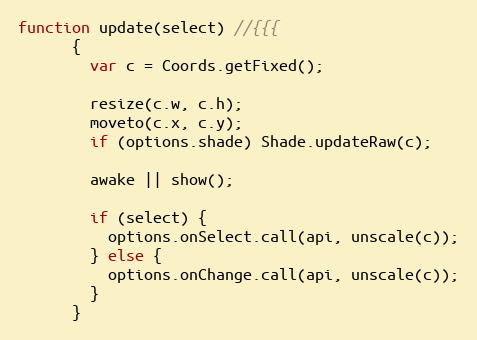
Language: JavaScript
function update(select) //{{{
      {
        var c = Coords.getFixed();

        resize(c.w, c.h);
        moveto(c.x, c.y);
        if (options.shade) Shade.updateRaw(c);

        awake || show();

        if (select) {
          options.onSelect.call(api, unscale(c));
        } else {
          options.onChange.call(api, unscale(c));
        }
      }